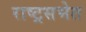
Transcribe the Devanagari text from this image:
राष्ट्रसभेत